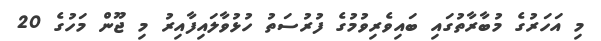
މި އަހަރުގެ މުބާރާތުގައި ބައިވެރިވުމުގެ ފުރުސަތު ހުޅުވާލައިފާއިރު މި ޖޫން މަހުގެ 20